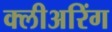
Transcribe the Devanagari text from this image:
क्लीअरिंग